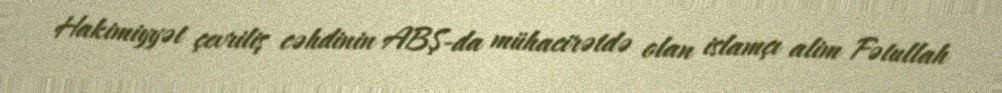
Hakimiyyət çevriliş cəhdinin ABŞ-da mühacirətdə olan islamçı alim Fətullah